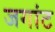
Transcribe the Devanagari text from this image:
जगांट